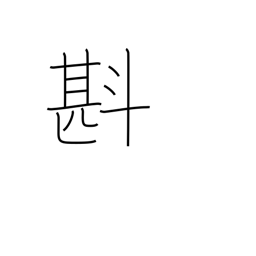
Meaning: estimate